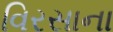
વિરસાના